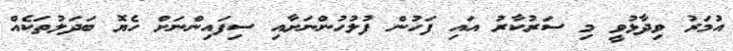
އުމަރު ވިދާޅުވީ މި ސަރުކާރު އައި ފަހުން ފުލުހުންނަށާއި ސިފައިންނަށް ހެޔޮ ބަދަލުތަކެއް